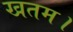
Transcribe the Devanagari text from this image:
खतम।